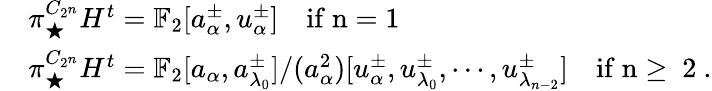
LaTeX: \begin{array}{rl}&{\pi_{\bigstar}^{C_{2^{n}}}H^{t}=\mathbb{F}_{2}[a_{\alpha}^{\pm},u_{\alpha}^{\pm}]\quad\mathrm{if~n=1~}}\\ &{\pi_{\bigstar}^{C_{2^{n}}}H^{t}=\mathbb{F}_{2}[a_{\alpha},a_{\lambda_{0}}^{\pm}]/(a_{\alpha}^{2})[u_{\alpha}^{\pm},u_{\lambda_{0}}^{\pm},\cdots,u_{\lambda_{n-2}}^{\pm}]\quad\mathrm{if~n\geq~2~}.}\end{array}